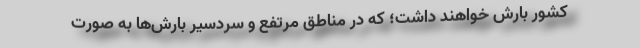
کشور بارش خواهند داشت؛ که در مناطق مرتفع و سردسیر بارش‌ها به صورت